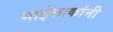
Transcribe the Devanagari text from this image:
भाईकाकांनी